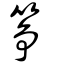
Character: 箏